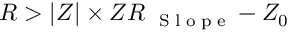
R > | Z | \times Z R _ { \mathrm { ~ \tiny ~ S ~ l ~ o ~ p ~ e ~ } } - Z _ { 0 }